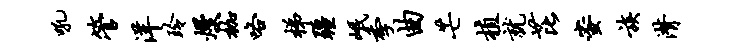
吼管洋玲熳枷咯梯疆岷季曲芒植就芘蜜族潸